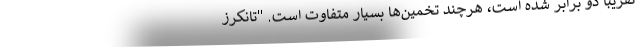
تقریبا دو برابر شده است، هرچند تخمین‌ها بسیار متفاوت است. "تانکرز